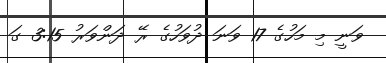
ވަނީ މި މަހުގެ 17 ވަނަ ދުވަހުގެ ރޭ ދަންވަރު 3:15 ގަ